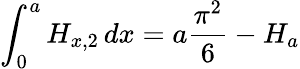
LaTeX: \int_{0}^{a}H_{x,2}\, dx=a{\frac{\pi^{2}}{6}}-H_{a}